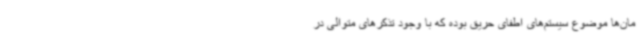
مان‌ها موضوع سیستم‌های اطفای حریق بوده که با وجود تذکرهای متوالی در